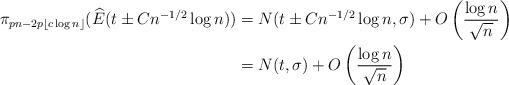
LaTeX: \begin{align*}\pi_{pn-2p\lfloor c\log n \rfloor}(\widehat{E}(t \pm Cn^{-1/2}\log n)) &= N(t\pm Cn^{-1/2}\log n,\sigma) + O\left( \frac{\log n}{\sqrt{n}}\right)\\&=N(t,\sigma) + O\left( \frac{\log n}{\sqrt{n}}\right)\end{align*}